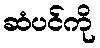
ဆံပင်ကို